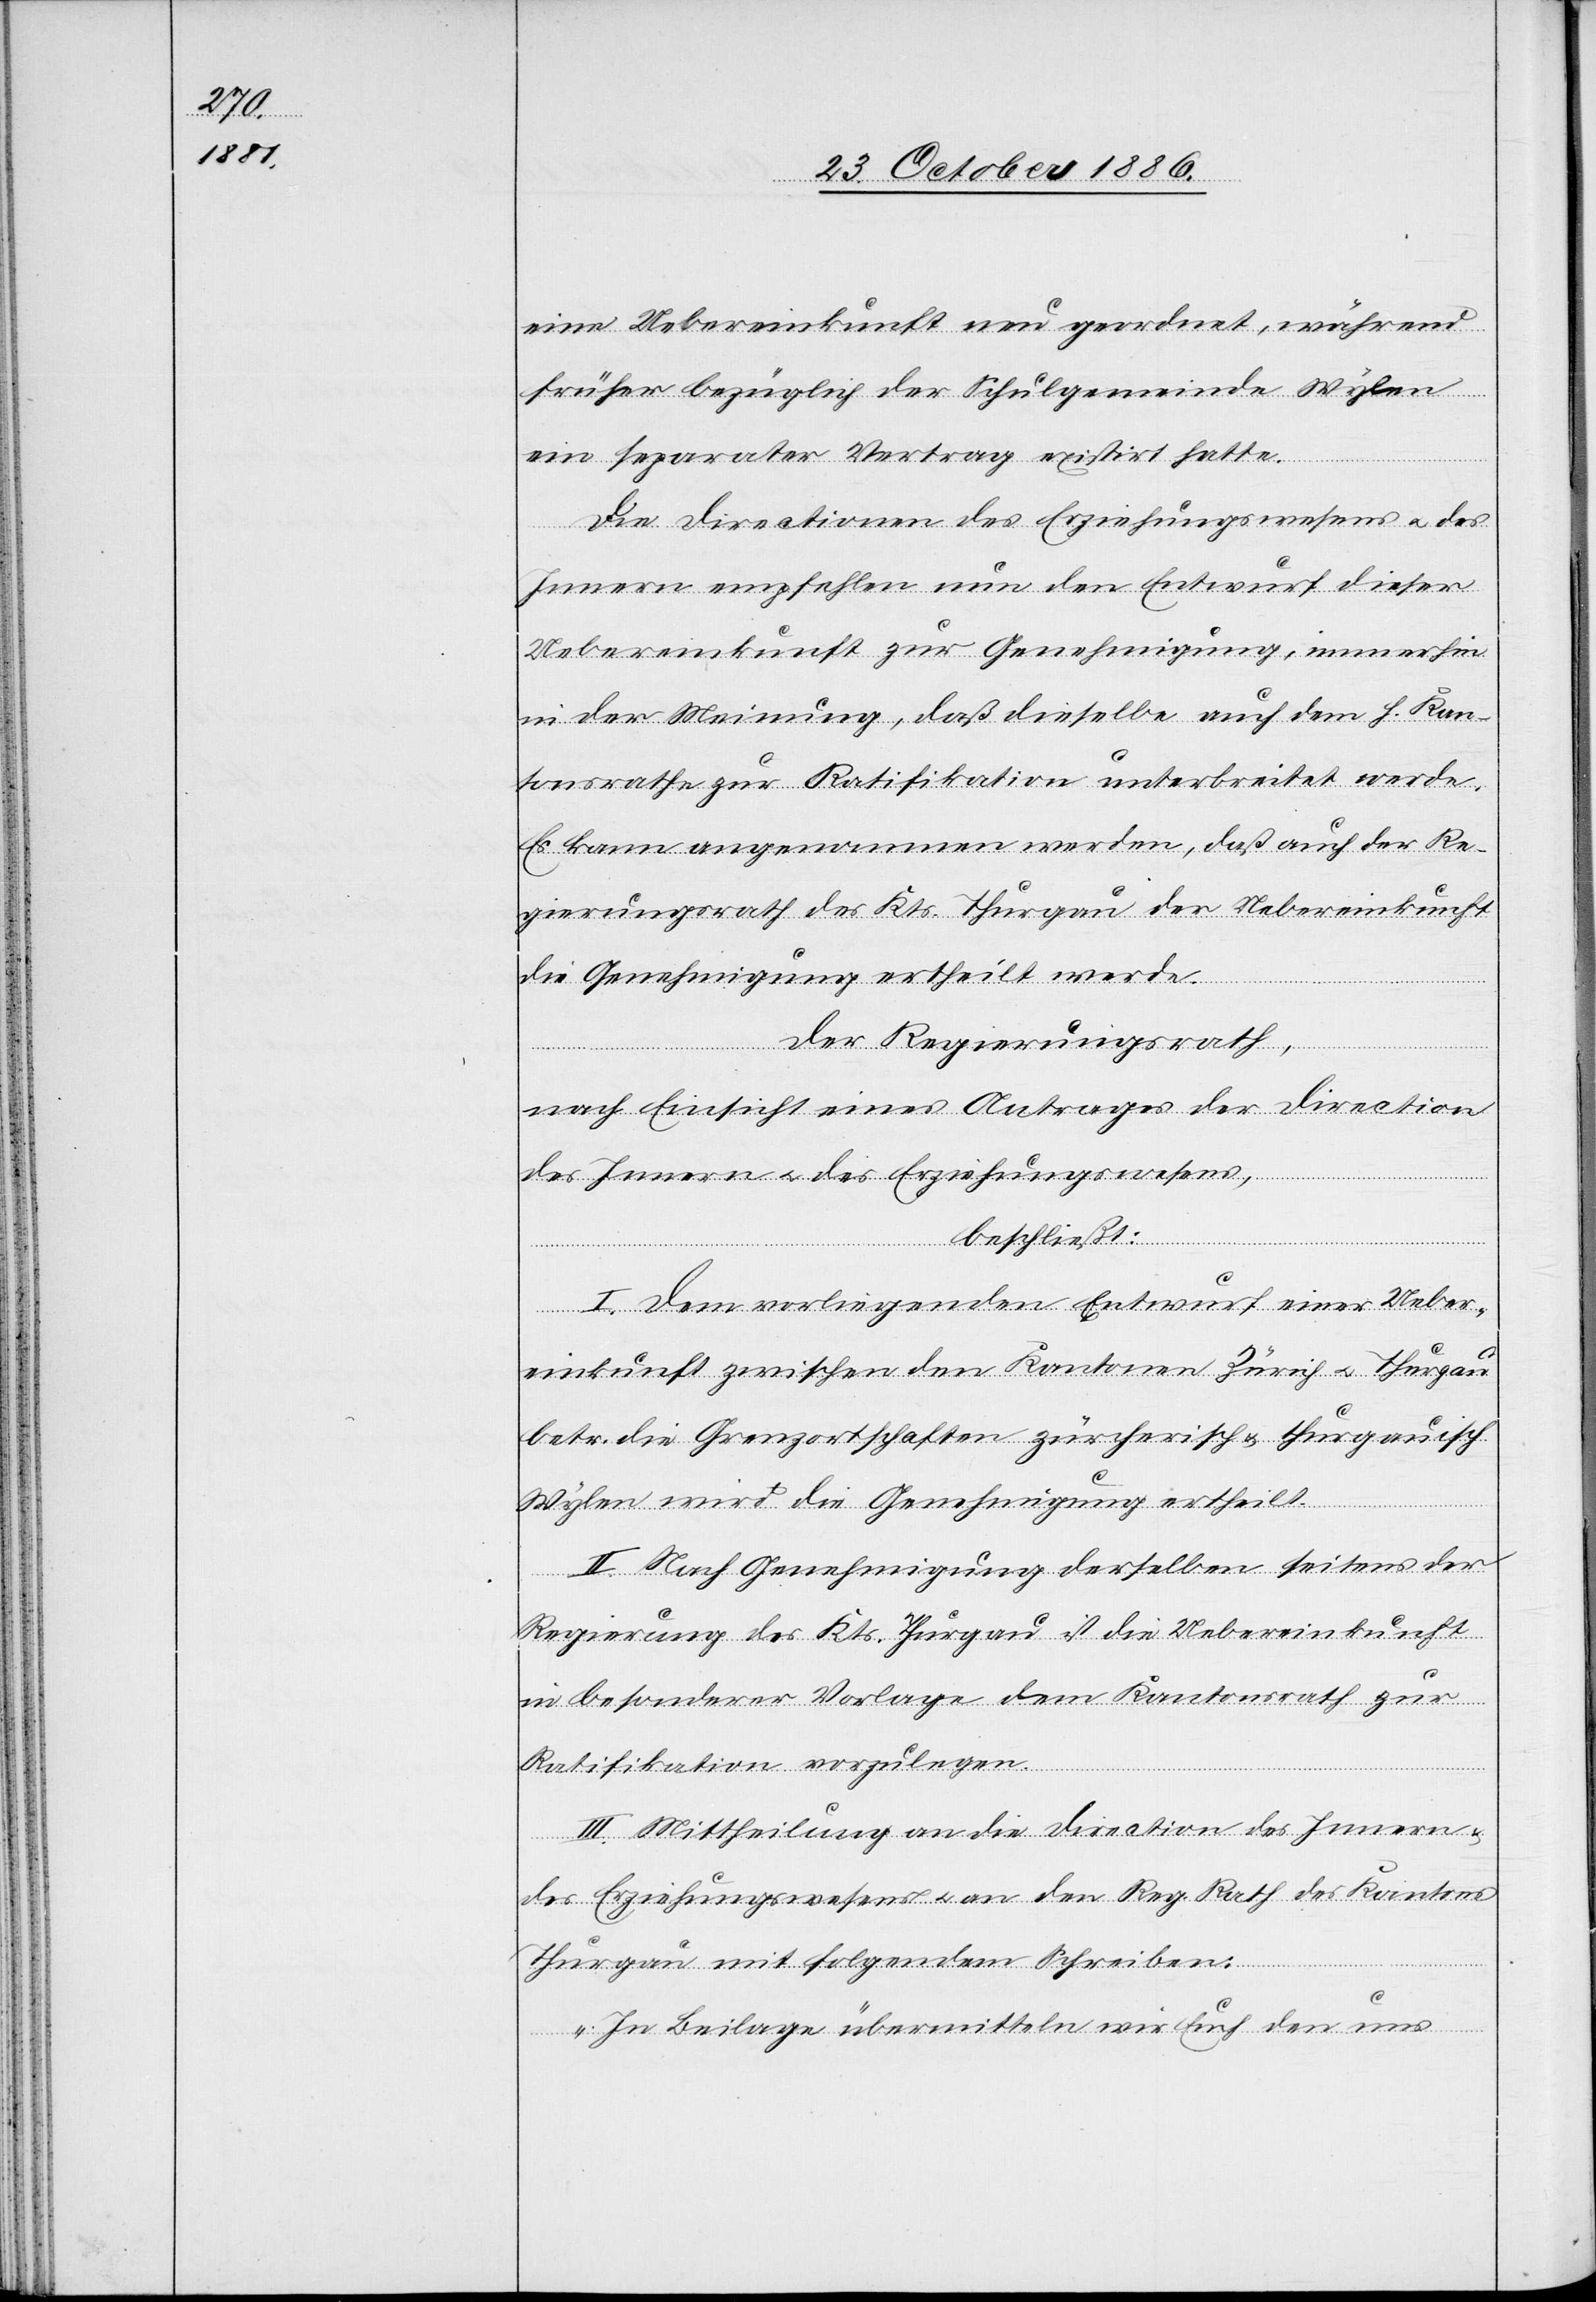
eine Uebereinkunft neu geordnet, während
früher bezüglich der Schulgemeinde Wylen
ein separater Vertrag existirt hatte.
Die Directionen des Erziehungswesens & des
Innern empfehlen nun den Entwurf dieser
Uebereinkunft zur Genehmigung, immerhin
in der Meinung, daß dieselbe [sic!] auch dem h. Kan¬
tonsrathe zur Ratifikation unterbreitet werde.
Es kann angenommen werden, daß auch der Re¬
gierungsrath des Kts. Thurgau der Uebereinkunft
die Genehmigung ertheilt [recte:
Der Regierungsrath,
nach Einsicht eines Antrages der Direction
des Innern & des Erziehungswesens,
beschließt:
werde.
I. Dem vorliegenden Entwurf einer Ueber¬
einkunft zwischen den Kantonen Zürich & Thurgau
betr. die Grenzortschaften zürcherisch & thurgauisch
Wylen wird die Genehmigung ertheilt.
II. Nach Genehmigung derselben seitens der
Regierung des Kts. Thurgau ist die Uebereinkunft
in besonderer Vorlage dem Kantonsrath zur
Ratifikation vorzulegen.
III. Mittheilung an die Direction[en] des Innern
des Erziehungswesens & an den Reg. Rath des Kantons
Thurgau mit folgendem Schreiben:
„In Beilage übermitteln wir Euch den uns